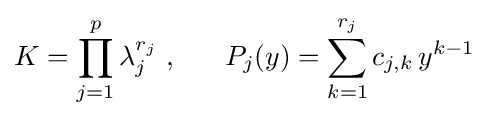
K=\prod _{j=1}^{p}\lambda _{j}^{r_{j}}~,~~~~~P_{j}(y)=\sum _{k=1}^{r_{j}}c_{j,k}\,y^{k-1}